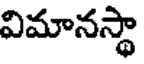
విమానస్థా